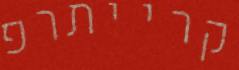
קרייתרפ